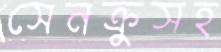
সেনক্রুসহ